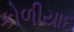
કોળીયાદ